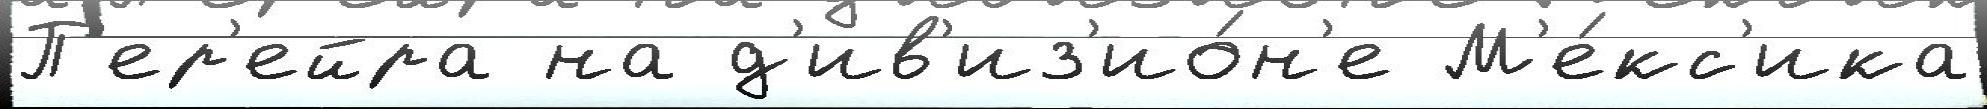
П'ер'ейра на д'ив'из'ио́н'е М'е́кс'ика